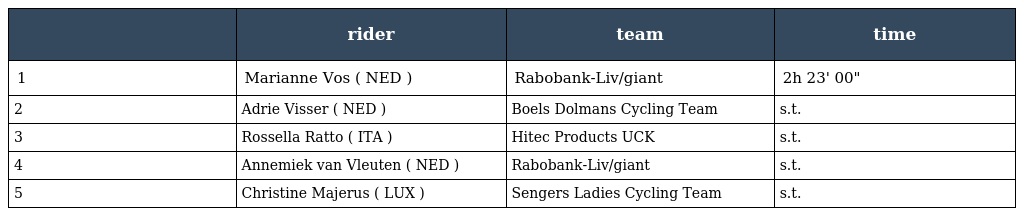
|  | rider | team | time |
 | --- | --- | --- | --- |
 | 1 | Marianne Vos ( NED ) | Rabobank-Liv/giant | 2h 23' 00" |
 | 2 | Adrie Visser ( NED ) | Boels Dolmans Cycling Team | s.t. |
 | 3 | Rossella Ratto ( ITA ) | Hitec Products UCK | s.t. |
 | 4 | Annemiek van Vleuten ( NED ) | Rabobank-Liv/giant | s.t. |
 | 5 | Christine Majerus ( LUX ) | Sengers Ladies Cycling Team | s.t. |